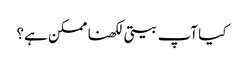
کیا آپ بیتی لکھنا ممکن ہے؟